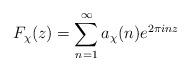
LaTeX: \begin{align*}F_{\chi}(z) = \sum_{n=1}^\infty a_{\chi}(n) e^{2\pi inz}\end{align*}